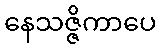
နေသဇ္ဇိကာပေ